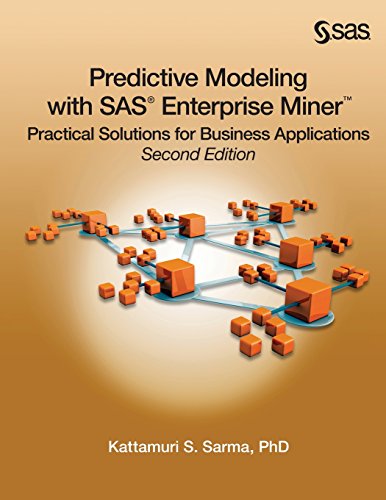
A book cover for Predictive Modeling with SAS Enterprise Miner: Practical Solutions for Business Applications, Second Edition; Kattamuri S. Sarma PhD; Computers & Technology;